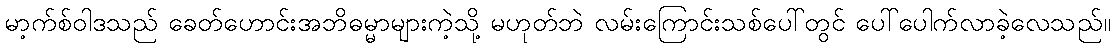
မာ့က်စ်ဝါဒသည် ခေတ်ဟောင်းအဘိဓမ္မာများကဲ့သို့ မဟုတ်ဘဲ လမ်းကြောင်းသစ်ပေါ်တွင် ပေါ်ပေါက်လာခဲ့လေသည်။